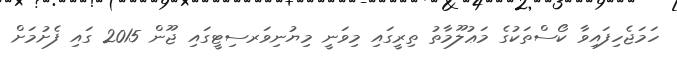
ހަމަޖެހިފައިވާ ކޯސްތަކުގެ މަޢުލޫމާތު ތިރީގައި މިވަނީ މިޔުނިވަރސިޓީގައި ޖޫން 2015 ގައި ފެށުމަށް